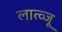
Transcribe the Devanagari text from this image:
लात्व्जू